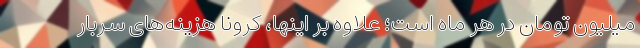
میلیون تومان در هر ماه است؛ علاوه بر اینها، کرونا هزینه‌های سربار